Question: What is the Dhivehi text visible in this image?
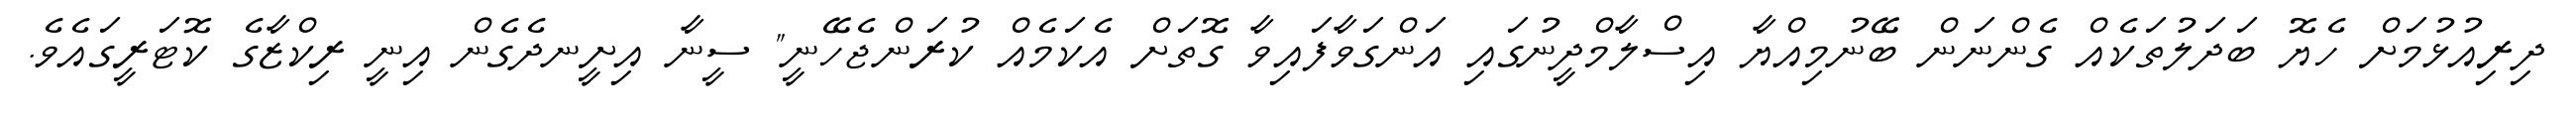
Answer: ދިރިއުޅުމަށް ހެޔޮ ބަދަލުތަކެއް ގެންނަން ބޭނުމިއްޔާ އިސްލާމްދީނުގައި އަންގަވާފައިވާ ގޮތަށް އެކަމެއް ކުރަންޖެހޭނީ" ސީނާ އިށީނދެގެން އިނީ ރިކްޒާގެ ކޮޓަރީގައެވެ.